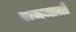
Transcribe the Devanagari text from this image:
राजजातों